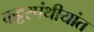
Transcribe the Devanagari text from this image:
कट्टरपंथीयांत